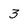
Character: 3